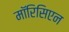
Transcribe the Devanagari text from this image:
मॉरिसिएन